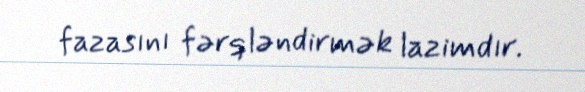
fazasını fərqləndirmək lazimdır.